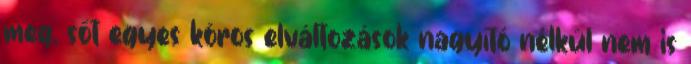
meg, sőt egyes kóros elváltozások nagyító nélkül nem is